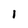
Character: 1